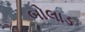
બોલાડ